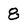
Character: 8